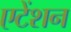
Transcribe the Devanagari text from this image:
एटेंशन